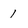
Character: l